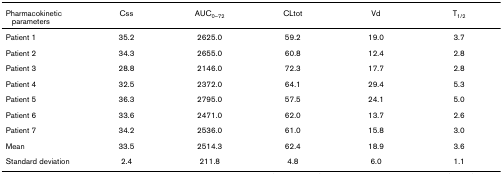
| Pharmacokinetic parameters | Css | AUC0–72 | CLtot | Vd | T1/2 |
 | --- | --- | --- | --- | --- | --- |
 | Patient 1 | 35.2 | 2625.0 | 59.2 | 19.0 | 3.7 |
 | Patient 2 | 34.3 | 2655.0 | 60.8 | 12.4 | 2.8 |
 | Patient 3 | 28.8 | 2146.0 | 72.3 | 17.7 | 2.8 |
 | Patient 4 | 32.5 | 2372.0 | 64.1 | 29.4 | 5.3 |
 | Patient 5 | 36.3 | 2795.0 | 57.5 | 24.1 | 5.0 |
 | Patient 6 | 33.6 | 2471.0 | 62.0 | 13.7 | 2.6 |
 | Patient 7 | 34.2 | 2536.0 | 61.0 | 15.8 | 3.0 |
 | Mean | 33.5 | 2514.3 | 62.4 | 18.9 | 3.6 |
 | Standard deviation | 2.4 | 211.8 | 4.8 | 6.0 | 1.1 |